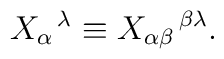
X_{\alpha}{}^{\,\lambda} \equiv X_{\alpha\beta}{}^{\,\beta\lambda}.